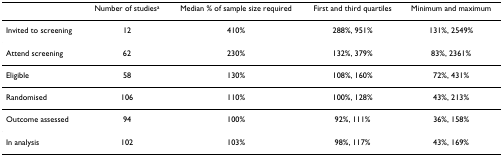
<table><thead><tr><td></td><td><b>Number of studies<sup>a</sup></b></td><td><b>Median % of sample size required</b></td><td><b>First and third quartiles</b></td><td><b>Minimum and maximum</b></td></tr></thead><tbody><tr><td>Invited to screening</td><td>12</td><td>410%</td><td>288%, 951%</td><td>131%, 2549%</td></tr><tr><td>Attend screening</td><td>62</td><td>230%</td><td>132%, 379%</td><td>83%, 2361%</td></tr><tr><td>Eligible</td><td>58</td><td>130%</td><td>108%, 160%</td><td>72%, 431%</td></tr><tr><td>Randomised</td><td>106</td><td>110%</td><td>100%, 128%</td><td>43%, 213%</td></tr><tr><td>Outcome assessed</td><td>94</td><td>100%</td><td>92%, 111%</td><td>36%, 158%</td></tr><tr><td>In analysis</td><td>102</td><td>103%</td><td>98%, 117%</td><td>43%, 169%</td></tr></tbody></table>